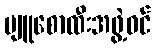
ပျူစောထီးအဖွဲ့ဝင်